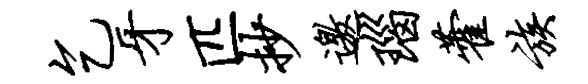
乞牙匹抄邀瑙藿族